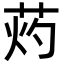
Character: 䓎